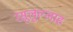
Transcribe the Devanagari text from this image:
रसूलुल्‍लाह